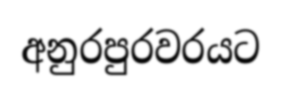
අනුරපුරවරයට